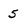
Character: 5